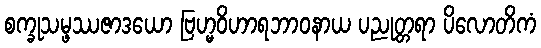
စက္ခုသမ္ဖဿဇာဒယော ဗြဟ္မဝိဟာရဘာဝနာယ ပညုတ္တရာ ပိလောတိကံ